Annual administration report of the Civil Veterinary Department of India - 1896-1897
Year: 1896
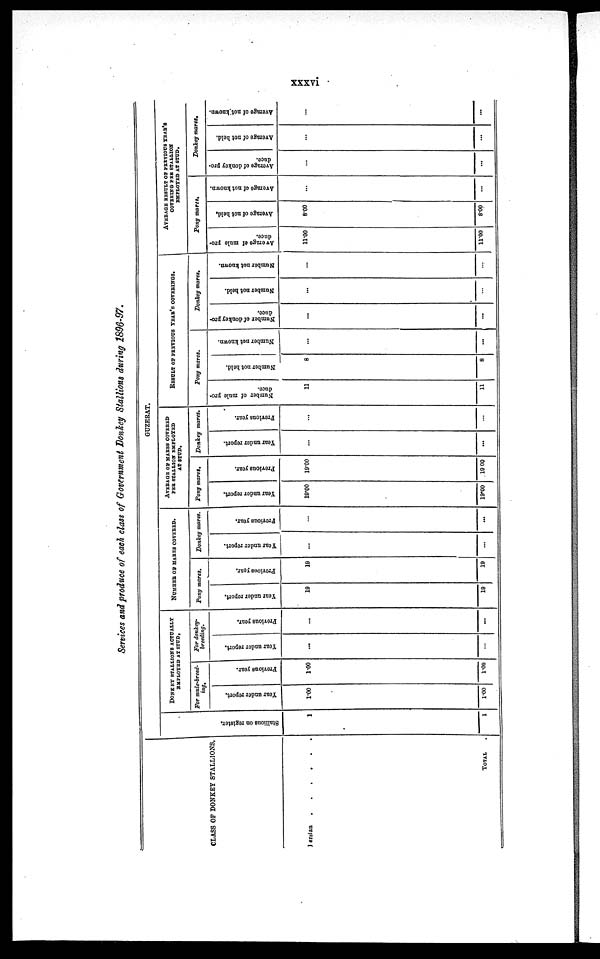
xxxvi
Services and produce of each class of Government Donkey Stallions during 2896-97.
CLASS OF DONKEY STALLIONS.
Jersian
.
.
.
.
.
.
TOTAL
Stallions on register.
1
1
DONKEY STALLIONS ACTUALLY EMPLOYED AT STUD,
For mule-breed-
ing,
Year under report.
1.00
1.00
Previous year.
1.00
1.00
For donkey-
breeding.
Year under report.
...
...
Provious year.
...
...
NUMBER OF MARES COVERED.
Pony mares.
Year
under report.
19
19
Previous year.
19
19
Donkey mares.
Year under report.
...
...
Previous year.
...
...
GUZERAT.
AVERAGE OF MARES COVERED
PER STALLION EMPLOYED
AT STUD.
Pony mares.
Year under report.
19.00
19.00
Previous year.
19.00
19 00
Donkey mares.
Year under report.
...
...
Previous year.
...
...
RESULT OF PREVIOUS YEAR'S COVERINGS.
Pony mares.
Number of mule pro-
duce.
11
11
Number not held.
8
8
Number not known.
...
...
Donkey mares.
Number of donkey pro-
duce.
...
...
Number not held.
...
...
Number
not known.
...
...
AVERAGE RESULT OF PREVIOUS YEAR'S COVERING PER STALLION
Pony mares.
Average of mule pro-
duce.
11.00
11.00
Average of not held.
8.00
8.00
Average of not known.
...
...
Donkey mares.
Average of donkey pro-
duce.
...
...
Average of not held.
...
...
Average of not known.
...
...